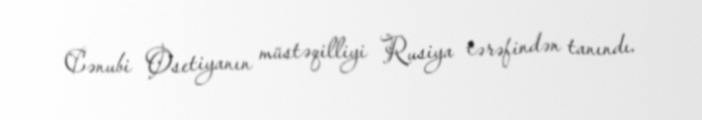
Cənubi Osetiyanın müstəqilliyi Rusiya tərəfindən tanındı.